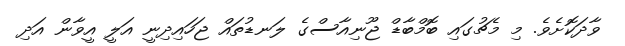
ވާދަކޮށެވެ. މި މެޗުގައި ބޮމްބާޑް ޖޫނިއާސްގެ ލަނޑުތައް ޖަހައިދިނީ އަލީ އީވާން އަދި